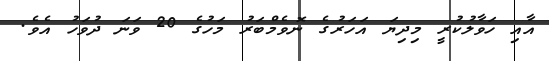
އާއި ހަވާލުކުރީ މިދިޔަ އަހަރުގެ ނޮވެމްބަރު މަަހުގެ 20 ވަނަ ދުވަހު އެވެ.